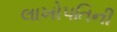
લાખોપતિની